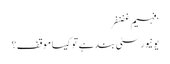
‘فہیم غضنفر
یونیورسٹی بند ہے تو کیسا موقف؟